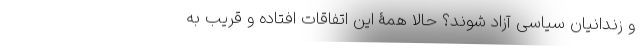
و زندانیان سیاسی آزاد شوند؟ حالا همۀ این اتفاقات افتاده و قریب به